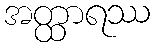
အတ္ထာရဿ